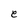
Character: e